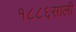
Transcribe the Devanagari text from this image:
१८८६साली